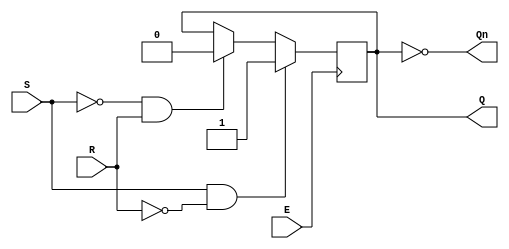
module GatedSRLatch (
    input wire S,      // Set input
    input wire R,      // Reset input
    input wire E,      // Enable input
    output reg Q,      // Output Q
    output wire Qn     // Complementary output Q'
);

    assign Qn = ~Q; // Q' is the complement of Q

    // Always block to model the behavior of the gated SR latch
    always @ (posedge E) begin
        if (E) begin
            if (S && ~R) begin
                Q <= 1'b1; // Set state
            end else if (~S && R) begin
                Q <= 1'b0; // Reset state
            end
            // If S and R are both high, do nothing to maintain previous state
            // This handles the invalid condition
        end
    end

endmodule